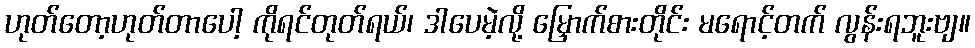
ဟုတ်တော့ဟုတ်တာပေါ့ ကိုရင်တုတ်ရယ်၊ ဒါပေမဲ့လို့ မြှောက်စားတိုင်း မရောင့်တက် လွန်းရဘူးဗျ။